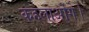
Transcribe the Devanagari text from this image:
कहलाओंगे।